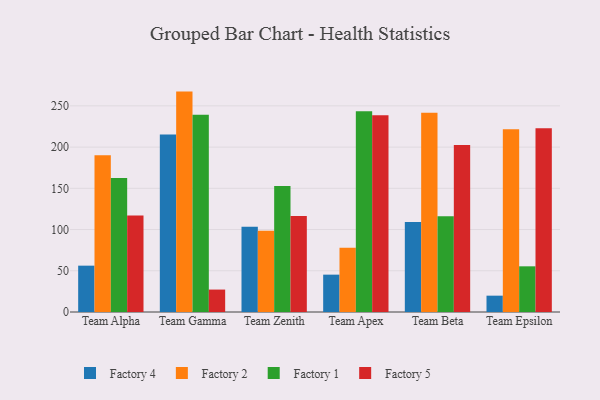
{"axis": {"x": "Team", "y": "Production Output"}, "legend": ["Factory 1", "Factory 2", "Factory 4", "Factory 5"], "data": [{"x": "Team Alpha", "y": 56.2, "type": "Factory 4"}, {"x": "Team Alpha", "y": 190.0, "type": "Factory 2"}, {"x": "Team Alpha", "y": 162.4, "type": "Factory 1"}, {"x": "Team Alpha", "y": 117.1, "type": "Factory 5"}, {"x": "Team Gamma", "y": 215.4, "type": "Factory 4"}, {"x": "Team Gamma", "y": 267.3, "type": "Factory 2"}, {"x": "Team Gamma", "y": 239.3, "type": "Factory 1"}, {"x": "Team Gamma", "y": 27.2, "type": "Factory 5"}, {"x": "Team Zenith", "y": 103.3, "type": "Factory 4"}, {"x": "Team Zenith", "y": 98.4, "type": "Factory 2"}, {"x": "Team Zenith", "y": 152.9, "type": "Factory 1"}, {"x": "Team Zenith", "y": 116.3, "type": "Factory 5"}, {"x": "Team Apex", "y": 45.3, "type": "Factory 4"}, {"x": "Team Apex", "y": 78.0, "type": "Factory 2"}, {"x": "Team Apex", "y": 243.4, "type": "Factory 1"}, {"x": "Team Apex", "y": 238.7, "type": "Factory 5"}, {"x": "Team Beta", "y": 109.2, "type": "Factory 4"}, {"x": "Team Beta", "y": 241.8, "type": "Factory 2"}, {"x": "Team Beta", "y": 116.2, "type": "Factory 1"}, {"x": "Team Beta", "y": 202.5, "type": "Factory 5"}, {"x": "Team Epsilon", "y": 19.8, "type": "Factory 4"}, {"x": "Team Epsilon", "y": 221.5, "type": "Factory 2"}, {"x": "Team Epsilon", "y": 55.4, "type": "Factory 1"}, {"x": "Team Epsilon", "y": 222.8, "type": "Factory 5"}]}